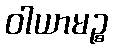
ဝါယာမဉ္စ